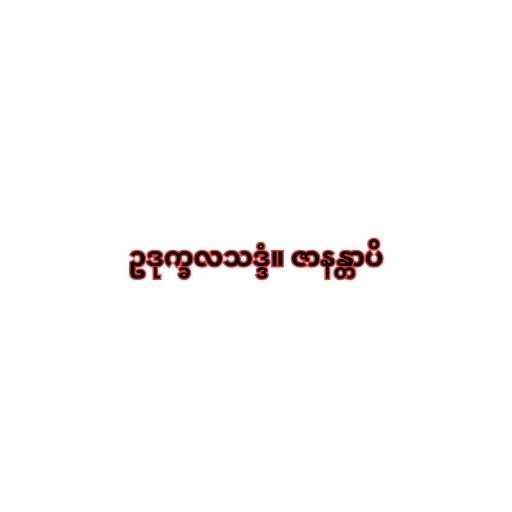
ဥဒုက္ခလသဒ္ဒံ။ ဇာနန္တာပိ